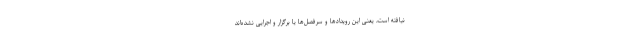
نیافته است، یعنی این رویدادها و سرفصل‌ها یا برگزار و اجرایی نشده‌اند